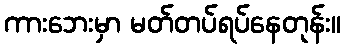
ကားဘေးမှာ မတ်တပ်ရပ်နေတုန်း။